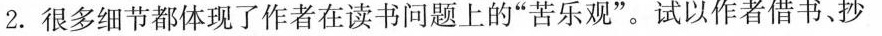
2. 很多细节都体现了作者在读书问题上的“苦乐观”。